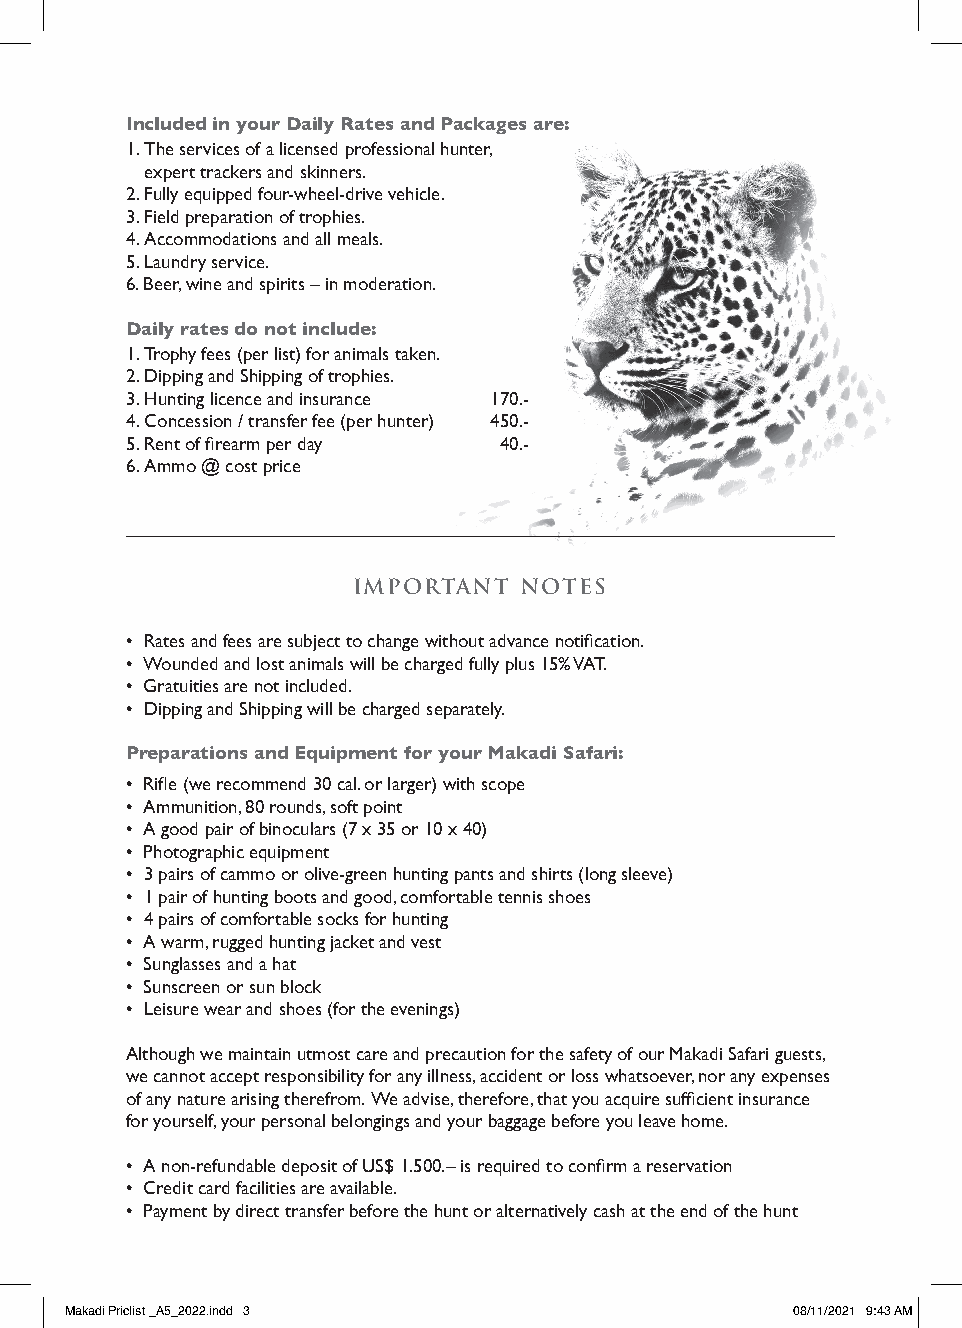
Included in your Daily Rates and Packages are:
 1. The services of a licensed professional hunter,
 expert trackers and skinners.
 2. Fully equipped four-wheel-drive vehicle.
 3. Field preparation of trophies.
 4. Accommodations and all meals.
 5. Laundry service.
 6. Beer, wine and spirits – in moderation.
 Daily rates do not include:
 1. Trophy fees (per list) for animals taken.
 2. Dipping and Shipping of trophies.
 3. Hunting licence and insurance 170.-
 4. Concession / transfer fee (per hunter) 450.-
 5. Rent of fi rearm per day 40.-
 6. Ammo @ cost price
 IMPORTANT  NOTES
 • Rates and fees are subject to change without advance notifi cation.
 • Wounded and lost animals will be charged fully plus 15% VAT.
 • Gratuities are not included.
 • Dipping and Shipping will be charged separately.
 Preparations and Equipment for your Makadi Safari:
 • Rifl e (we recommend 30 cal. or larger) with scope
 • Ammunition, 80 rounds, soft point
 • A good pair of binoculars (7 x 35 or 10 x 40)
 • Photographic equipment
 • 3 pairs of cammo or olive-green hunting pants and shirts (long sleeve)
 • 1 pair of hunting boots and good, comfortable tennis shoes
 • 4 pairs of comfortable socks for hunting
 • A warm, rugged hunting jacket and vest
 • Sunglasses and a hat
 • Sunscreen or sun block
 • Leisure wear and shoes (for the evenings)
 Although we maintain utmost care and precaution for the safety of our Makadi Safari guests,
 we cannot accept responsibility for any illness, accident or loss whatsoever, nor any expenses
 of any nature arising therefrom. We advise, therefore, that you acquire suffi cient insurance
 for yourself, your personal belongings and your baggage before you leave home.
 • A non-refundable deposit of US$ 1.500.– is required to confi rm a reservation
 • Credit card facilities are available.
 • Payment by direct transfer before the hunt or alternatively cash at the end of the hunt
 MMaakkaaddii PPrriicclliisstt __AA55__22002222..iinndddd 33 0088//1111//22002211 99::4433 AAMM